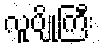
လူပျိုကြီး